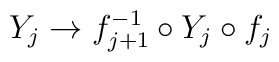
Y_j \to f^{-1}_{j+1} \circ Y_j \circ f_{j}